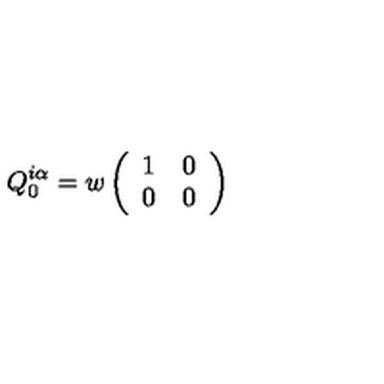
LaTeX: Q _ { 0 } ^ { i \alpha } = w \left( \begin{array} { c c } { 1 } & { 0 } \\ { 0 } & { 0 } \\ \end{array} \right)